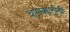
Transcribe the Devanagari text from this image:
चाणक्यनीती